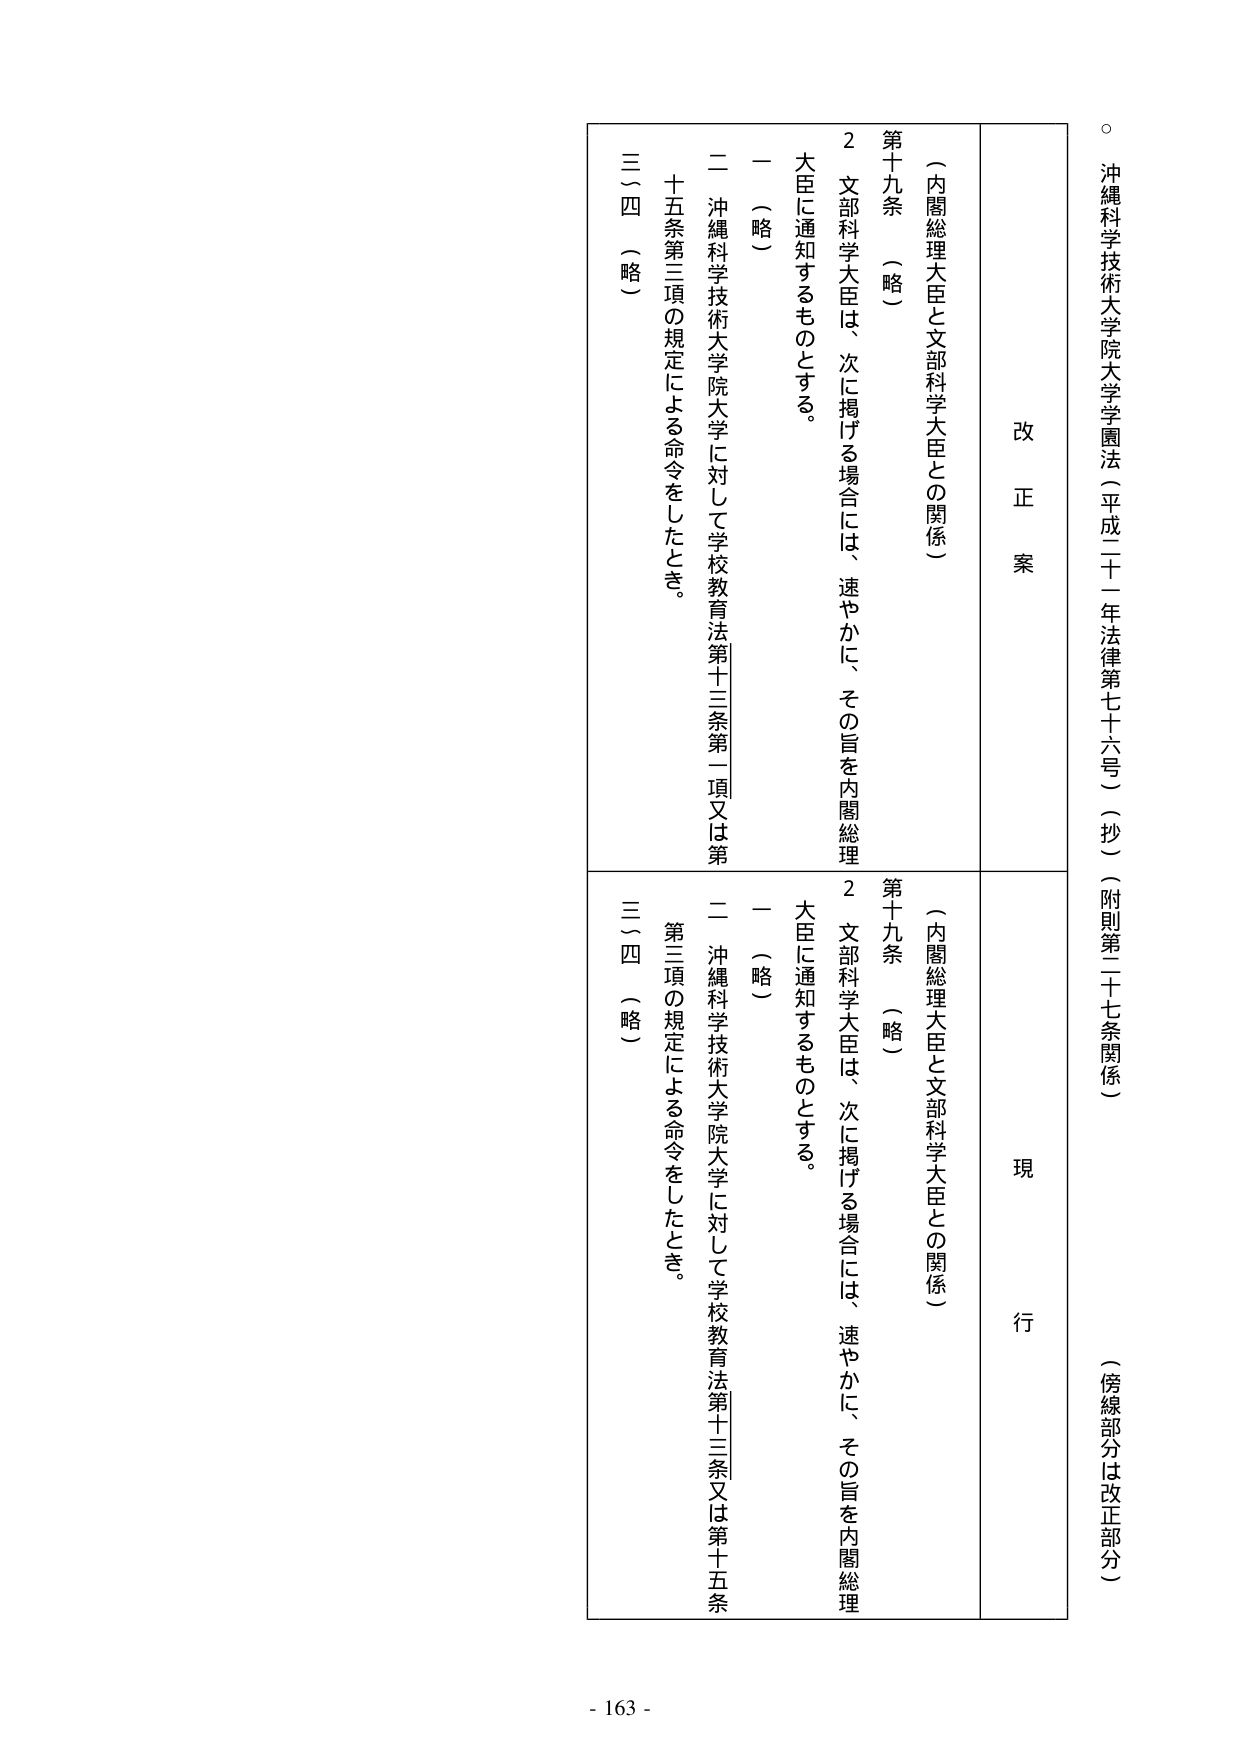
沖縄科学技術大学院大学学園法（平成二十一年法律第七十六号）（抄）（附則第二十七条関係）
（傍線部分は改正部分）

改正案
現行

（内閣総理大臣と文部科学大臣との関係）
第十九条 （略）
　２ 文部科学大臣は、次に掲げる場合には、速やかに、その旨を内閣総理大臣に通知するものとする。
　　一 （略）
　　二 沖縄科学技術大学院大学に対して学校教育法第十三条第一項又は第十五条第三項の規定による命令をしたとき。
　三～四 （略）

（内閣総理大臣と文部科学大臣との関係）
第十九条 （略）
　２ 文部科学大臣は、次に掲げる場合には、速やかに、その旨を内閣総理大臣に通知するものとする。
　　一 （略）
　　二 沖縄科学技術大学院大学に対して学校教育法第十三条又は第十五条第三項の規定による命令をしたとき。
　三～四 （略）

- 163 -